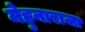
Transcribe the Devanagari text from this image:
मेहुनाराजा